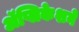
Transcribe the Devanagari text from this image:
ॲप्लिकेशने